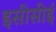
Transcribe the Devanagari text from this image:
इसीसीई